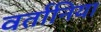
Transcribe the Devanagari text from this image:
वर्तानिया